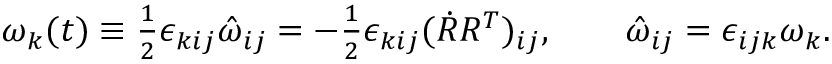
\begin{array} { r } { \omega _ { k } ( t ) \equiv \frac 1 2 \epsilon _ { k i j } \hat { \omega } _ { i j } = - \frac 1 2 \epsilon _ { k i j } ( \dot { R } R ^ { T } ) _ { i j } , \qquad \hat { \omega } _ { i j } = \epsilon _ { i j k } \omega _ { k } . } \end{array}